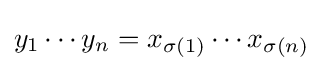
y_{1}\cdots y_{n}=x_{\sigma (1)}\cdots x_{\sigma (n)}